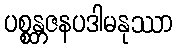
ပစ္စန္တဇနပဒါမနုဿာ